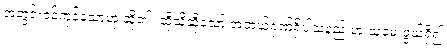
အတွင်းဝင်ကုန်သောဟု ဆို၏။ ထိုသို့ဆိုသော် အဘယ်ဂုဏ်ရှိပါသနည်းဟု သူမေးဖွယ်ရှိ၍